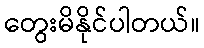
တွေးမိနိုင်ပါတယ်။